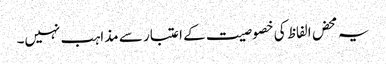
یہ محض الفاظ کی خصوصیت کے اعتبار سے مذاہب نہیں۔